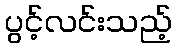
ပွင့်လင်းသည့်